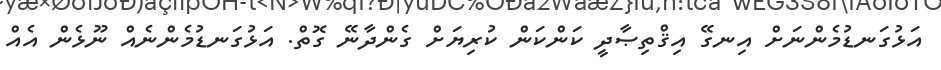
އަޅުގަނޑުމެންނަށް އިނގޭ އިޤްތިޞާދީ ކަންކަން ކުރިޔަށް ގެންދާނޭ ގޮތް. އަޅުގަނޑުމެންނެއް ނޫޅެން އެއް